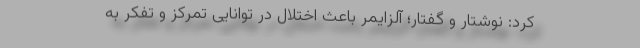
کرد: نوشتار و گفتار؛ آلزایمر باعث اختلال در توانایی تمرکز و تفکر به